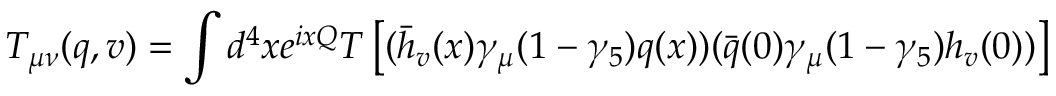
T _ { \mu \nu } ( q , v ) = \int d ^ { 4 } x e ^ { i x { \cal Q } } T \left[ ( \bar { h } _ { v } ( x ) \gamma _ { \mu } ( 1 - \gamma _ { 5 } ) q ( x ) ) ( \bar { q } ( 0 ) \gamma _ { \mu } ( 1 - \gamma _ { 5 } ) h _ { v } ( 0 ) ) \right]